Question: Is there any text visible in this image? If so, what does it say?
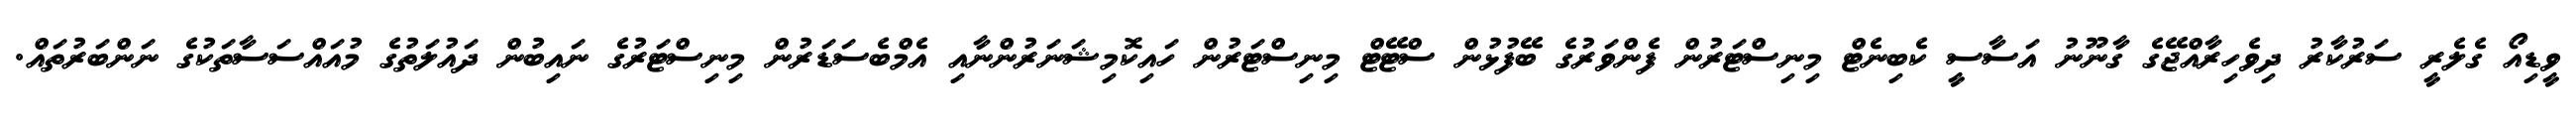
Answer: ވީޑިއޯ ގެލެރީ ސަރުކާރު ދިވެހިރާއްޖޭގެ ގާނޫނު އަސާސީ ކެބިނެޓް މިނިސްޓަރުން ފެންވަރުގެ ބޭފުޅުން ސްޓޭޓް މިނިސްޓަރުން ހައިކޮމިޝަނަރުންނާއި އެމްބެސަޑަރުން މިނިސްޓަރުގެ ނައިބުން ދައުލަތުގެ މުއައްސަސާތަކުގެ ނަންބަރުތައް.